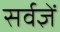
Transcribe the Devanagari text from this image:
सर्वज्ञें